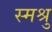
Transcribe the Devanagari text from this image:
स्मश्रु